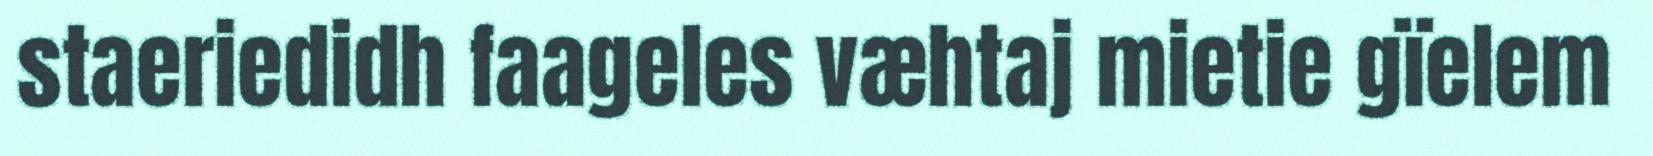
staeriedidh faageles væhtaj mietie gïelem